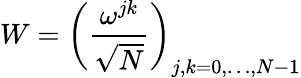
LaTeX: W=\left({\frac{\omega^{jk}}{\sqrt{N}}}\right)_{j,k=0,\ldots,N-1}